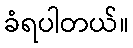
ခံရပါတယ်။